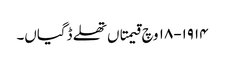
١٩١٤-١٨ وچ قیمتاں تھلے ڈگیاں۔